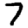
Digit: 7